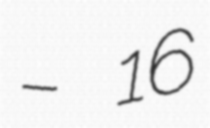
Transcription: – 16